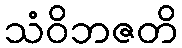
သံဝိဘဇတိ